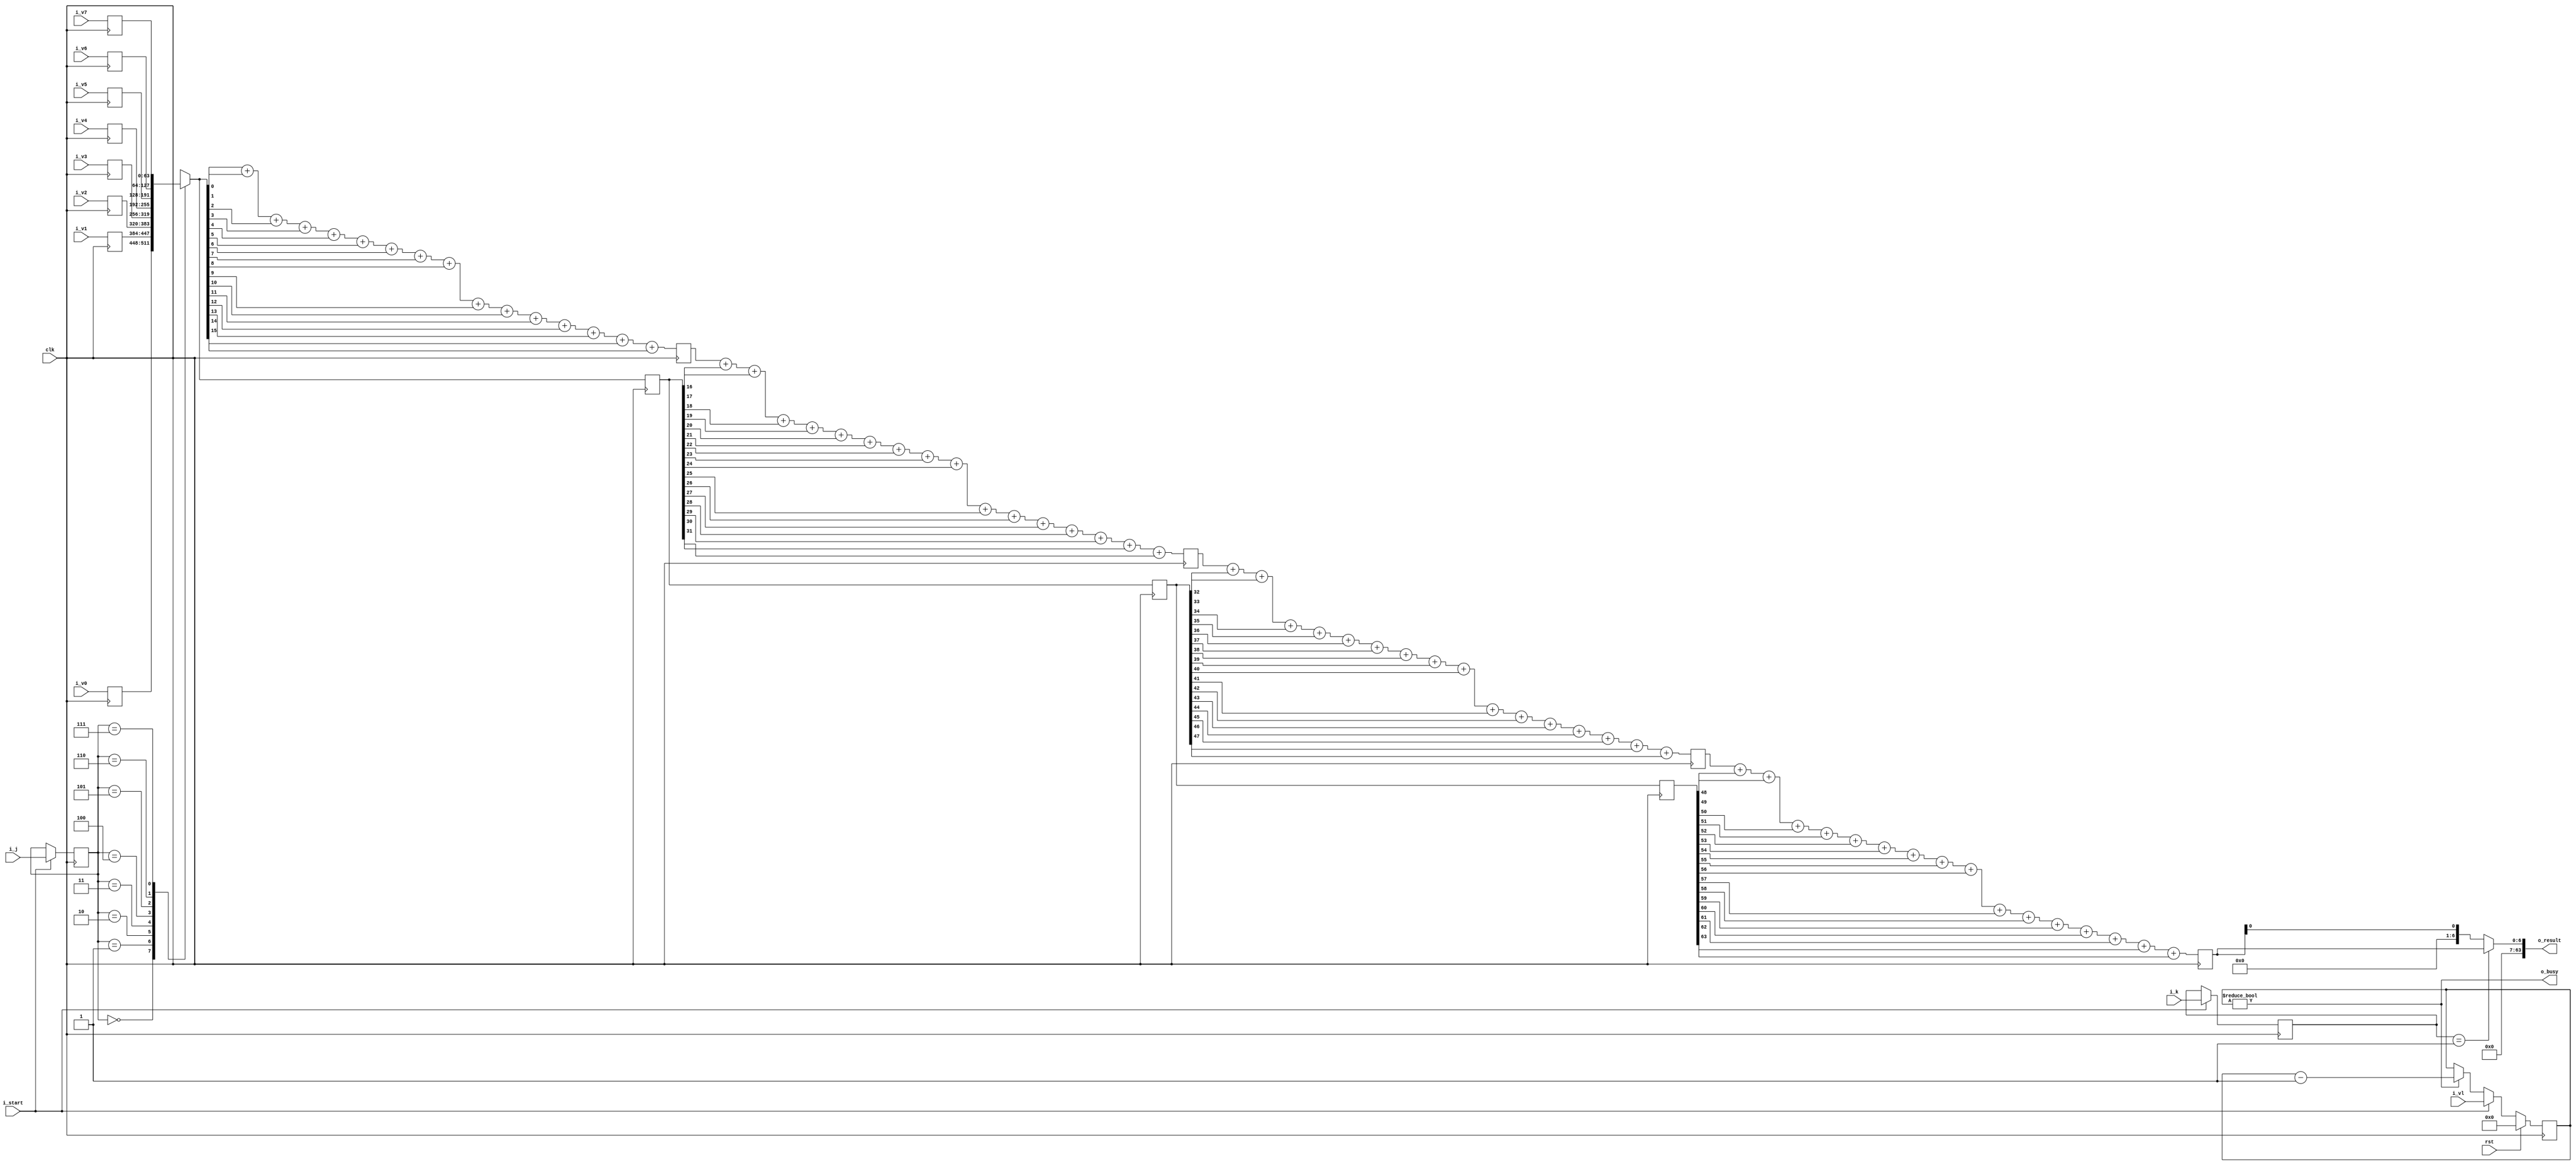
module vector_pop_parity(clk,rst, i_start, i_k, i_j,i_v0,i_v1,i_v2,i_v3,i_v4,i_v5,i_v6,i_v7,o_result, o_busy, i_vl);

    input wire        clk;
	 input wire        rst;
    input wire        i_start;
    input wire [63:0] i_v0;
    input wire [63:0] i_v1;
    input wire [63:0] i_v2;
    input wire [63:0] i_v3;
    input wire [63:0] i_v4;
    input wire [63:0] i_v5;
    input wire [63:0] i_v6;
    input wire [63:0] i_v7;	 
    input wire [2:0]  i_k;
	 input wire [2:0]  i_j;
    output wire [63:0] o_result;
	 output wire o_busy;
	 input  wire [6:0] i_vl;

    reg [6:0] reservation_time;
    wire [63:0] vj0;
    reg [63:0]  vj1, vj2, vj3;
    reg [2:0] temp_k;
	 reg [2:0] cur_j;
    reg [6:0] p_tmp0, p_tmp1, p_tmp2, p_tmp3;

localparam POP_COUNT = 3'b001, 
           PARITY    = 3'b010;

reg [63:0] v_rd_data [7:0];

always@(posedge clk)
   begin
      v_rd_data[0] <= i_v0;
      v_rd_data[1] <= i_v1;
      v_rd_data[2] <= i_v2;
      v_rd_data[3] <= i_v3;
      v_rd_data[4] <= i_v4;
      v_rd_data[5] <= i_v5;
      v_rd_data[6] <= i_v6;
      v_rd_data[7] <= i_v7;
   end
    //A pop-count and leading-zero count can never be issued on back-to-back cycles, so this should never give us a problem
    assign o_result[63:0] = (temp_k==POP_COUNT) ? {57'b0,p_tmp3[6:0]} : {63'b0,p_tmp3[0]}; 

assign vj0[63:0] = v_rd_data[cur_j];

    always@(posedge clk)
    begin               //just pipelining the state so it carries through
        //vj0[63:0] <= v_rd_data[cur_j];
        vj1[63:0] <= vj0[63:0];
        vj2[63:0] <= vj1[63:0];
	     vj3[63:0] <= vj2[63:0];
        if(i_start)
		  begin
           temp_k <= i_k;
			  cur_j  <= i_j;
		  end
    end


//Set up the reservation system so that we report when we're busy
assign o_busy = (reservation_time != 7'b0);
always@(posedge clk)
   if(rst)
	   reservation_time <= 7'b0;
   else if(i_start)
	   reservation_time <= i_vl; //(i_vl > 7'b0000100) ? (i_vl + 7'b0000100) : (7'b0000101 + 7'b0000100);
	else if(reservation_time != 7'b0)
	   reservation_time <= reservation_time - 7'b1;

		
    //calculate population count
    always@(posedge clk)
    begin
        p_tmp0 <= vj0[0] + vj0[1] + vj0[2] + vj0[3] + vj0[4] + vj0[5] + vj0[6] + vj0[7] + vj0[8] + vj0[9] + vj0[10] + vj0[11] + vj0[12] + vj0[13] + vj0[14] + vj0[15];
        p_tmp1 <= p_tmp0[6:0] + vj1[16] + vj1[17] + vj1[18] + vj1[19] + vj1[20] + vj1[21] + vj1[22] + vj1[23] + vj1[24] + vj1[25] + vj1[26] + vj1[27] + vj1[28] + vj1[29] + vj1[30] + vj1[31];
        p_tmp2 <= p_tmp1[6:0] + vj2[32] + vj2[33] + vj2[34] + vj2[35] + vj2[36] + vj2[37] + vj2[38] + vj2[39] + vj2[40] + vj2[41] + vj2[42] + vj2[43] + vj2[44] + vj2[45] + vj2[46] + vj2[47];
        p_tmp3 <= p_tmp2[6:0] + vj3[48] + vj3[49] + vj3[50] + vj3[51] + vj3[52] + vj3[53] + vj3[54] + vj3[55] + vj3[56] + vj3[57] + vj3[58] + vj3[59] + vj3[60] + vj3[61] + vj3[62] + vj3[63];  
    end


endmodule